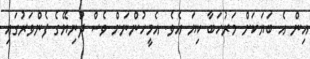
އިން އެ ބަޔަކަށް މަރުހަބާ ކިޔަ އެވެ. އެމީހުންނަށް ވެސް ދުނިޔޭގެ ފެންވަރުގައި